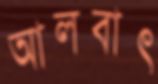
আলবাৎ